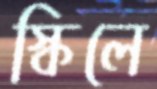
স্কিলে